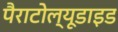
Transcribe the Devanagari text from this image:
पैराटोल्यूडाइड